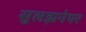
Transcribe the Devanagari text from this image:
सुलझनेपर